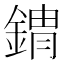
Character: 𰼾